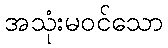
အသုံးမဝင်သော